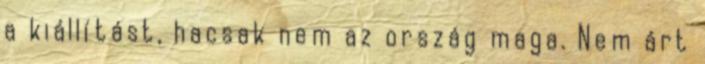
a kiállítást, hacsak nem az ország maga. Nem árt